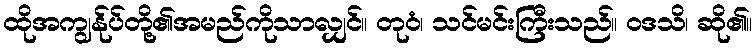
ထိုအကျွန်ုပ်တို့၏အမည်ကိုသာလျှင်။ တုဝံ၊ သင်မင်းကြီးသည်။ ဝဒသိ၊ ဆို၏။